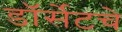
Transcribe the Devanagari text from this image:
डॉर्सेटचे